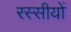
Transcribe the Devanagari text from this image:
रस्सीयों